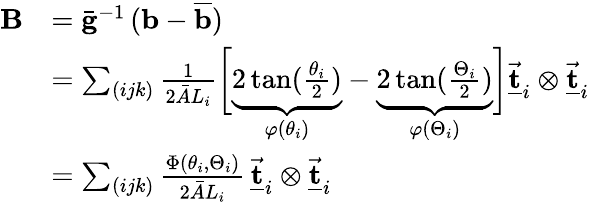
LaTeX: \begin{array}{rl}{{\mathbf B}}&{=\bar{\mathbf g}^{-1}\, ({\mathbf b}-\overline{{\mathbf b}})}\\ &{=\sum_{(ijk)}\frac{1}{2\bar{A}L_{i}}\bigg[\underbrace{2\tan(\frac{\theta_{i}}{2})}_{\varphi(\theta_{i})}-\underbrace{2\tan(\frac{\Theta_{i}}{2})}_{\varphi(\Theta_{i})}\bigg]\underline{{\vec{\mathbf t}}}_{i}\otimes\underline{{\vec{\mathbf t}}}_{i}}\\ &{=\sum_{(ijk)}\frac{\Phi(\theta_{i},\Theta_{i})}{2\bar{A}L_{i}}\, \underline{{\vec{\mathbf t}}}_{i}\otimes\underline{{\vec{\mathbf t}}}_{i}}\end{array}